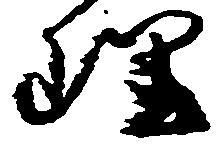
理